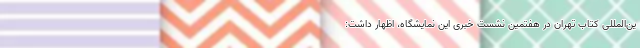
ین‌المللی کتاب تهران در هفتمین نشست خبری این نمایشگاه، اظهار داشت: